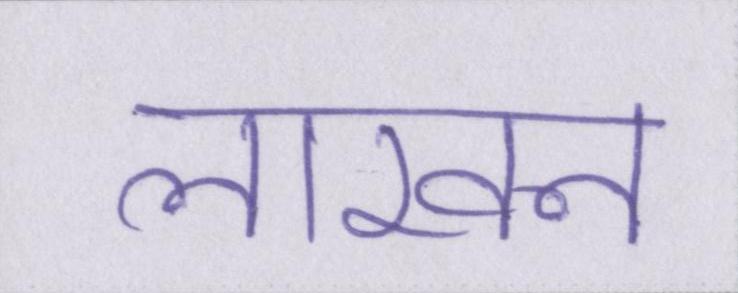
लाखन